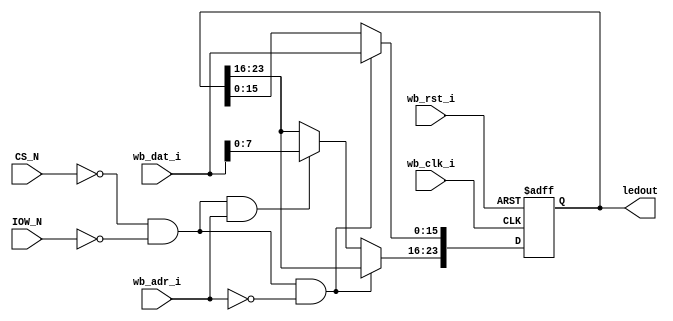
`timescale 1ns / 1ps
//////////////////////////////////////////////////////////////////////////////////
module Led(
    // Wishbone slave interface
    input         wb_clk_i,
    input         wb_rst_i,
    input  [15:0] wb_dat_i,
    input         wb_adr_i,
    input         IOW_N,
    input         CS_N,
    output reg [23:0] ledout
    );
    always @ (posedge wb_clk_i or posedge wb_rst_i) begin
        if(wb_rst_i) begin
            ledout <= 0;
        end else if ((!CS_N)&(!IOW_N)&(!wb_adr_i)) begin
            ledout[15:0] <= wb_dat_i;
        end else if((!CS_N)&(!IOW_N)&(wb_adr_i)) begin
            ledout[23:16] <= wb_dat_i[7:0];
        end
    end

endmodule